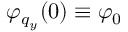
{ \varphi _ { q _ { y } } } ( 0 ) \equiv \varphi _ { 0 }